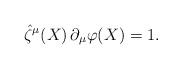
LaTeX: \begin{align*}\hat\zeta^\mu(X)\, \partial_\mu\varphi(X)=1.\end{align*}